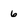
Character: 6